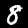
Label: 8